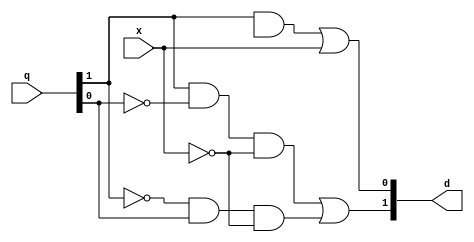
module next_state_gen(
    input x,
    input [1:0] q,
    output [1:0] d
);

assign d[0]= q[1] & q[2] | x;
assign d[1]= (q[1] & ~q[0] & ~x) | (~q[1] & q[0] & ~x);

endmodule 

module output_gen(
  input [1:0] q,
  input x,
  output z
);

assign z = q[1] & q[0] & x;

endmodule // 

module flip_flop(
  input d, clk, reset,
  output reg q
);

always @ ( posedge clk, posedge reset)
begin
    if (~reset) 
        q <= 1'b0;
    else 
        q <= d;
end

endmodule //

module behav_mealy_seq(
    input clk, reset, x,
    output  z
);

wire [1:0] d;
wire [1:0] q;

next_state_gen nsg(x, q, d);
flip_flop ff1(d[0], clk, reset, q[0]);
flip_flop ff2(d[1], clk, reset, q[1]);
output_gen og(q, x, z);

endmodule